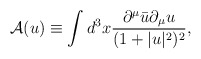
\begin{align*}\mbox{$\cal{A}$}(u) \equiv \int d^3 x \frac{\partial^{\mu}\bar{u}\partial_{\mu}u} {(1+|u|^2)^2},\end{align*}